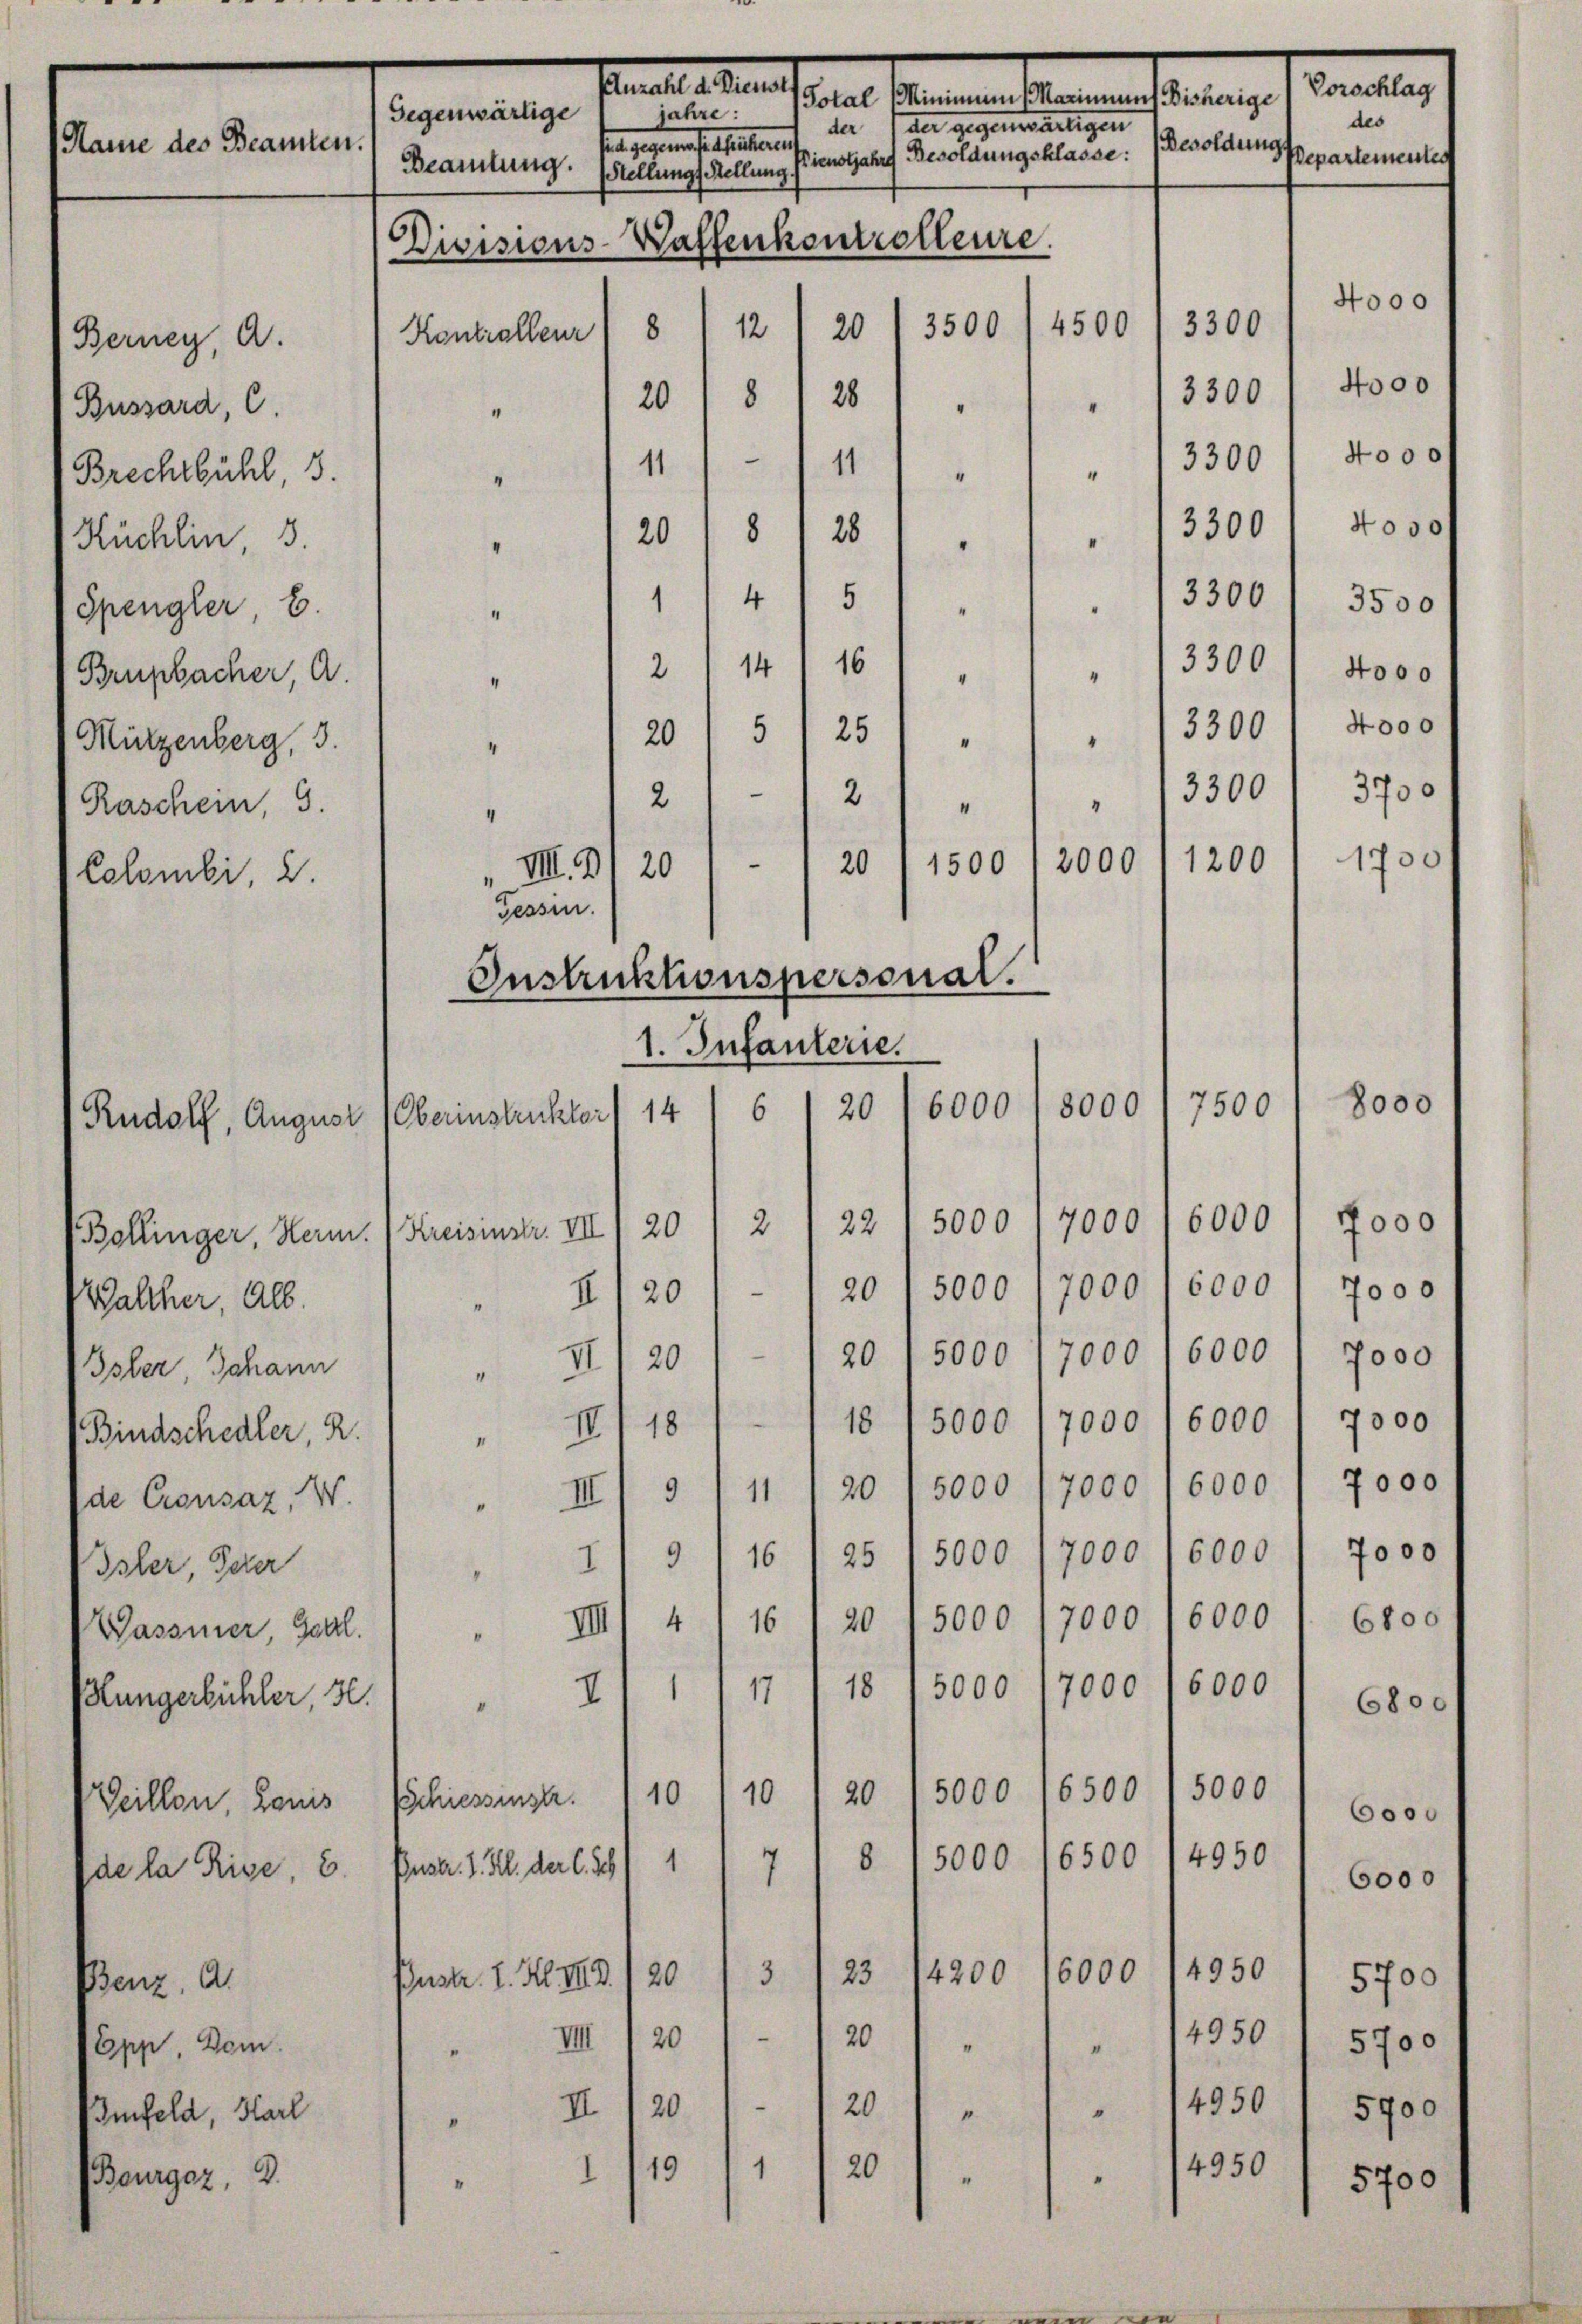
Name des Beamten.

Benz, A.
Epp. Dem
Imfeld, Karl
Bourger, D.

Berney, A.
Bussard, C.
Brechtbühl, 3.
Kuchlin 35.
Spengler E.
Brupbacher, A.
Mützenberg, 3.
Raschein, 9.
Lolombi, 2.

Rudolf, August
Bollinger, Herm.
Walcher, Alb.
Isler, Johann
(Bindschedler, 2.
de Crousaz, W.
Isler, Peter
Wassener Gartl.
lungerbühler, 30.
Veillon, Lauis
de la Rise, 2.

Parallastun
sen andern einen seinen
jahre:
Gegenwärtige
der gegenwärtigen
der
fal gegen festgestament
Besoldung
Dienstjahre Besoldungsklasse:
Beamtung. Stellungs Stellung
Divisions-Waffenkontrolleure.
4500
3300
3500
12
8
20
Kontralleur
26
13300
1208
.
3300 f 4000
11
11
“
"
“
3300
8
28
" 120

4 000 f
"
“
3300 / 3500
145
" 12 " 141 16
“
25
5
20
"
“
2
2
“
1750
n
2000
20
1500
„VII. D1 20
1. Infanterie.
8000
7500
20
6000
6
14
Oberinstruktor
6000
5000 /7000
22
2
Kreisinstr. VII, 20
20/5000 /7000 16000 1 7000
4/20
XII 201 / 20 (5000 /7000 l 6000 : Joso
.
18/5000 (7000 (6000 l 7000
II./18
20 15000 (7000 (6000 / 7000
11
. III 9
1/9/16 ) 25 / 5000 /7000 " 6000) 7000
 III) 4) 16 / 20 lsooo 17000 (6000 f. 610.
6000
18
5000
17000
1
17
I
6800
5000
6500
5000
10
20
10
Gschiessinstr.
6000
4950
6500
8
5000
1
Enstr. I. Kl. der C. Sch
7
6000
4950
6000
14200
3
23
20
Pustr. 1. Al III
5700
IIII / 20 " 120
14950 / 5700
.
II/20 / 120
4950 1 5700
1.
2
"
4950
20
1
I 119
"
"
5700

Gessen.
Instruktionspersonal.

3300

13300
" 13300 1 3700
1200

4000
4000

des
epartementen

Vorschlag

4000
4000

8000
7000